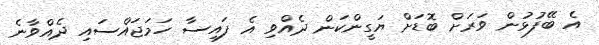
އެ ބޭފުޅުން ވަރަށް ބޮޑަށް ޔަގީންކަން ދެއްވި އެ ފައިސާ ހަމަޖައްސައި ދެއްވާނެ